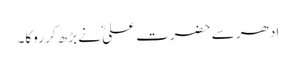
ادھر سے حضرت علیؓ نے بڑھ کر روکا۔